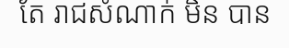
តែ រាជសំណាក់ មិន បាន